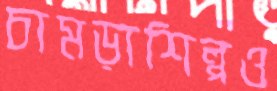
চামড়াশিল্পও